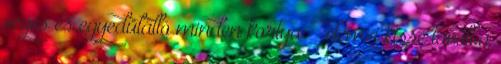
véges és egyedülálló minden kortya” – elemzi kissé távolba